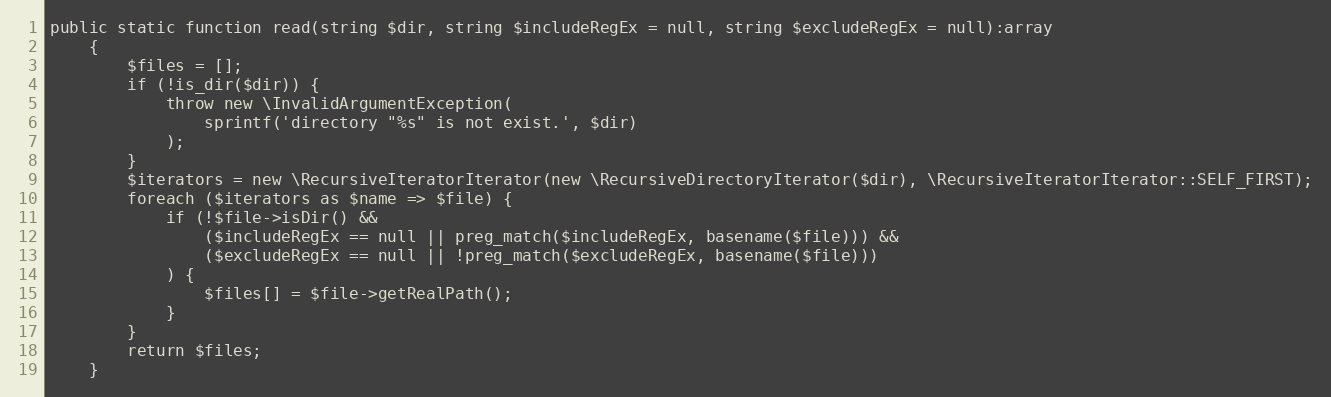
Language: PHP
public static function read(string $dir, string $includeRegEx = null, string $excludeRegEx = null):array
    {
        $files = [];
        if (!is_dir($dir)) {
            throw new \InvalidArgumentException(
                sprintf('directory "%s" is not exist.', $dir)
            );
        }
        $iterators = new \RecursiveIteratorIterator(new \RecursiveDirectoryIterator($dir), \RecursiveIteratorIterator::SELF_FIRST);
        foreach ($iterators as $name => $file) {
            if (!$file->isDir() &&
                ($includeRegEx == null || preg_match($includeRegEx, basename($file))) &&
                ($excludeRegEx == null || !preg_match($excludeRegEx, basename($file)))
            ) {
                $files[] = $file->getRealPath();
            }
        }
        return $files;
    }